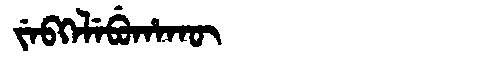
Manchu: ᠵᡝᠪᡴᡝᠯᡝᠪᡠᡥᠠᡴᡡ
Romanization: JEBKELEBUHAKŪ